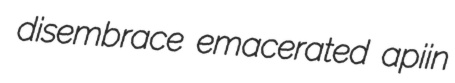
disembrace emacerated apiin